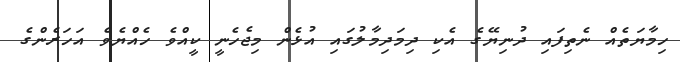
ހިމާޔަތެއް ނެތިފައި ދުނިޔޭގެ އެކި ދިމަދިމާލުގައި އުޅެން މިޖެހެނީ ކީއްވެ ހެއްޔެވެ އަހަރެންގެ